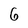
Character: 6